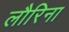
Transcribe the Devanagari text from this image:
लौरिना